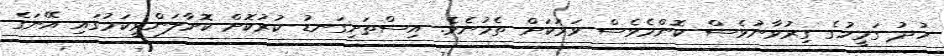
ހުދު ގަމީހުގެ ގިރުވާނުވެސް ކޮންމެވެސް ވަރަކަށް ތެމުނެވެ. އިސްތަށިގަނޑު ކުރުކޮށް ކޮށާލަންވީކަމުގައި އޭނަގެ